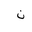
Letter: _non